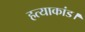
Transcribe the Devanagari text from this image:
हत्याकांड।